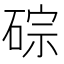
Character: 碂